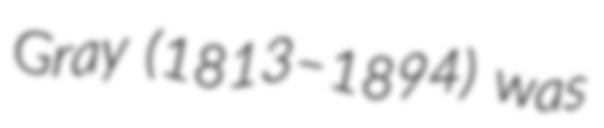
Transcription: Gray (1813–1894) was